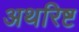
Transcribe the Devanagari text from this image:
अथरिष्ट